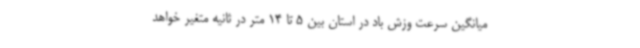
میانگین سرعت وزش باد در استان بین 5 تا 14 متر در ثانیه متغیر خواهد